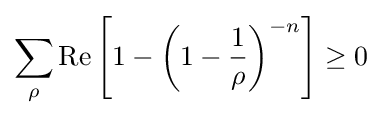
\sum _{\rho }\operatorname {Re} \left[1-\left(1-{\frac {1}{\rho }}\right)^{-n}\right]\geq 0